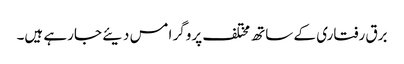
برق رفتاری کے ساتھ مختلف پروگر امس دیئے جارہے ہیں۔